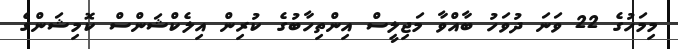
މިމަހުގެ 22 ވަނަ ދުވަހު ބާއްވާ މަޖިލީސް އިންތިހާބުގެ ކުރިން އިލެކްޝަންސް ކޮމިޝަންގެ